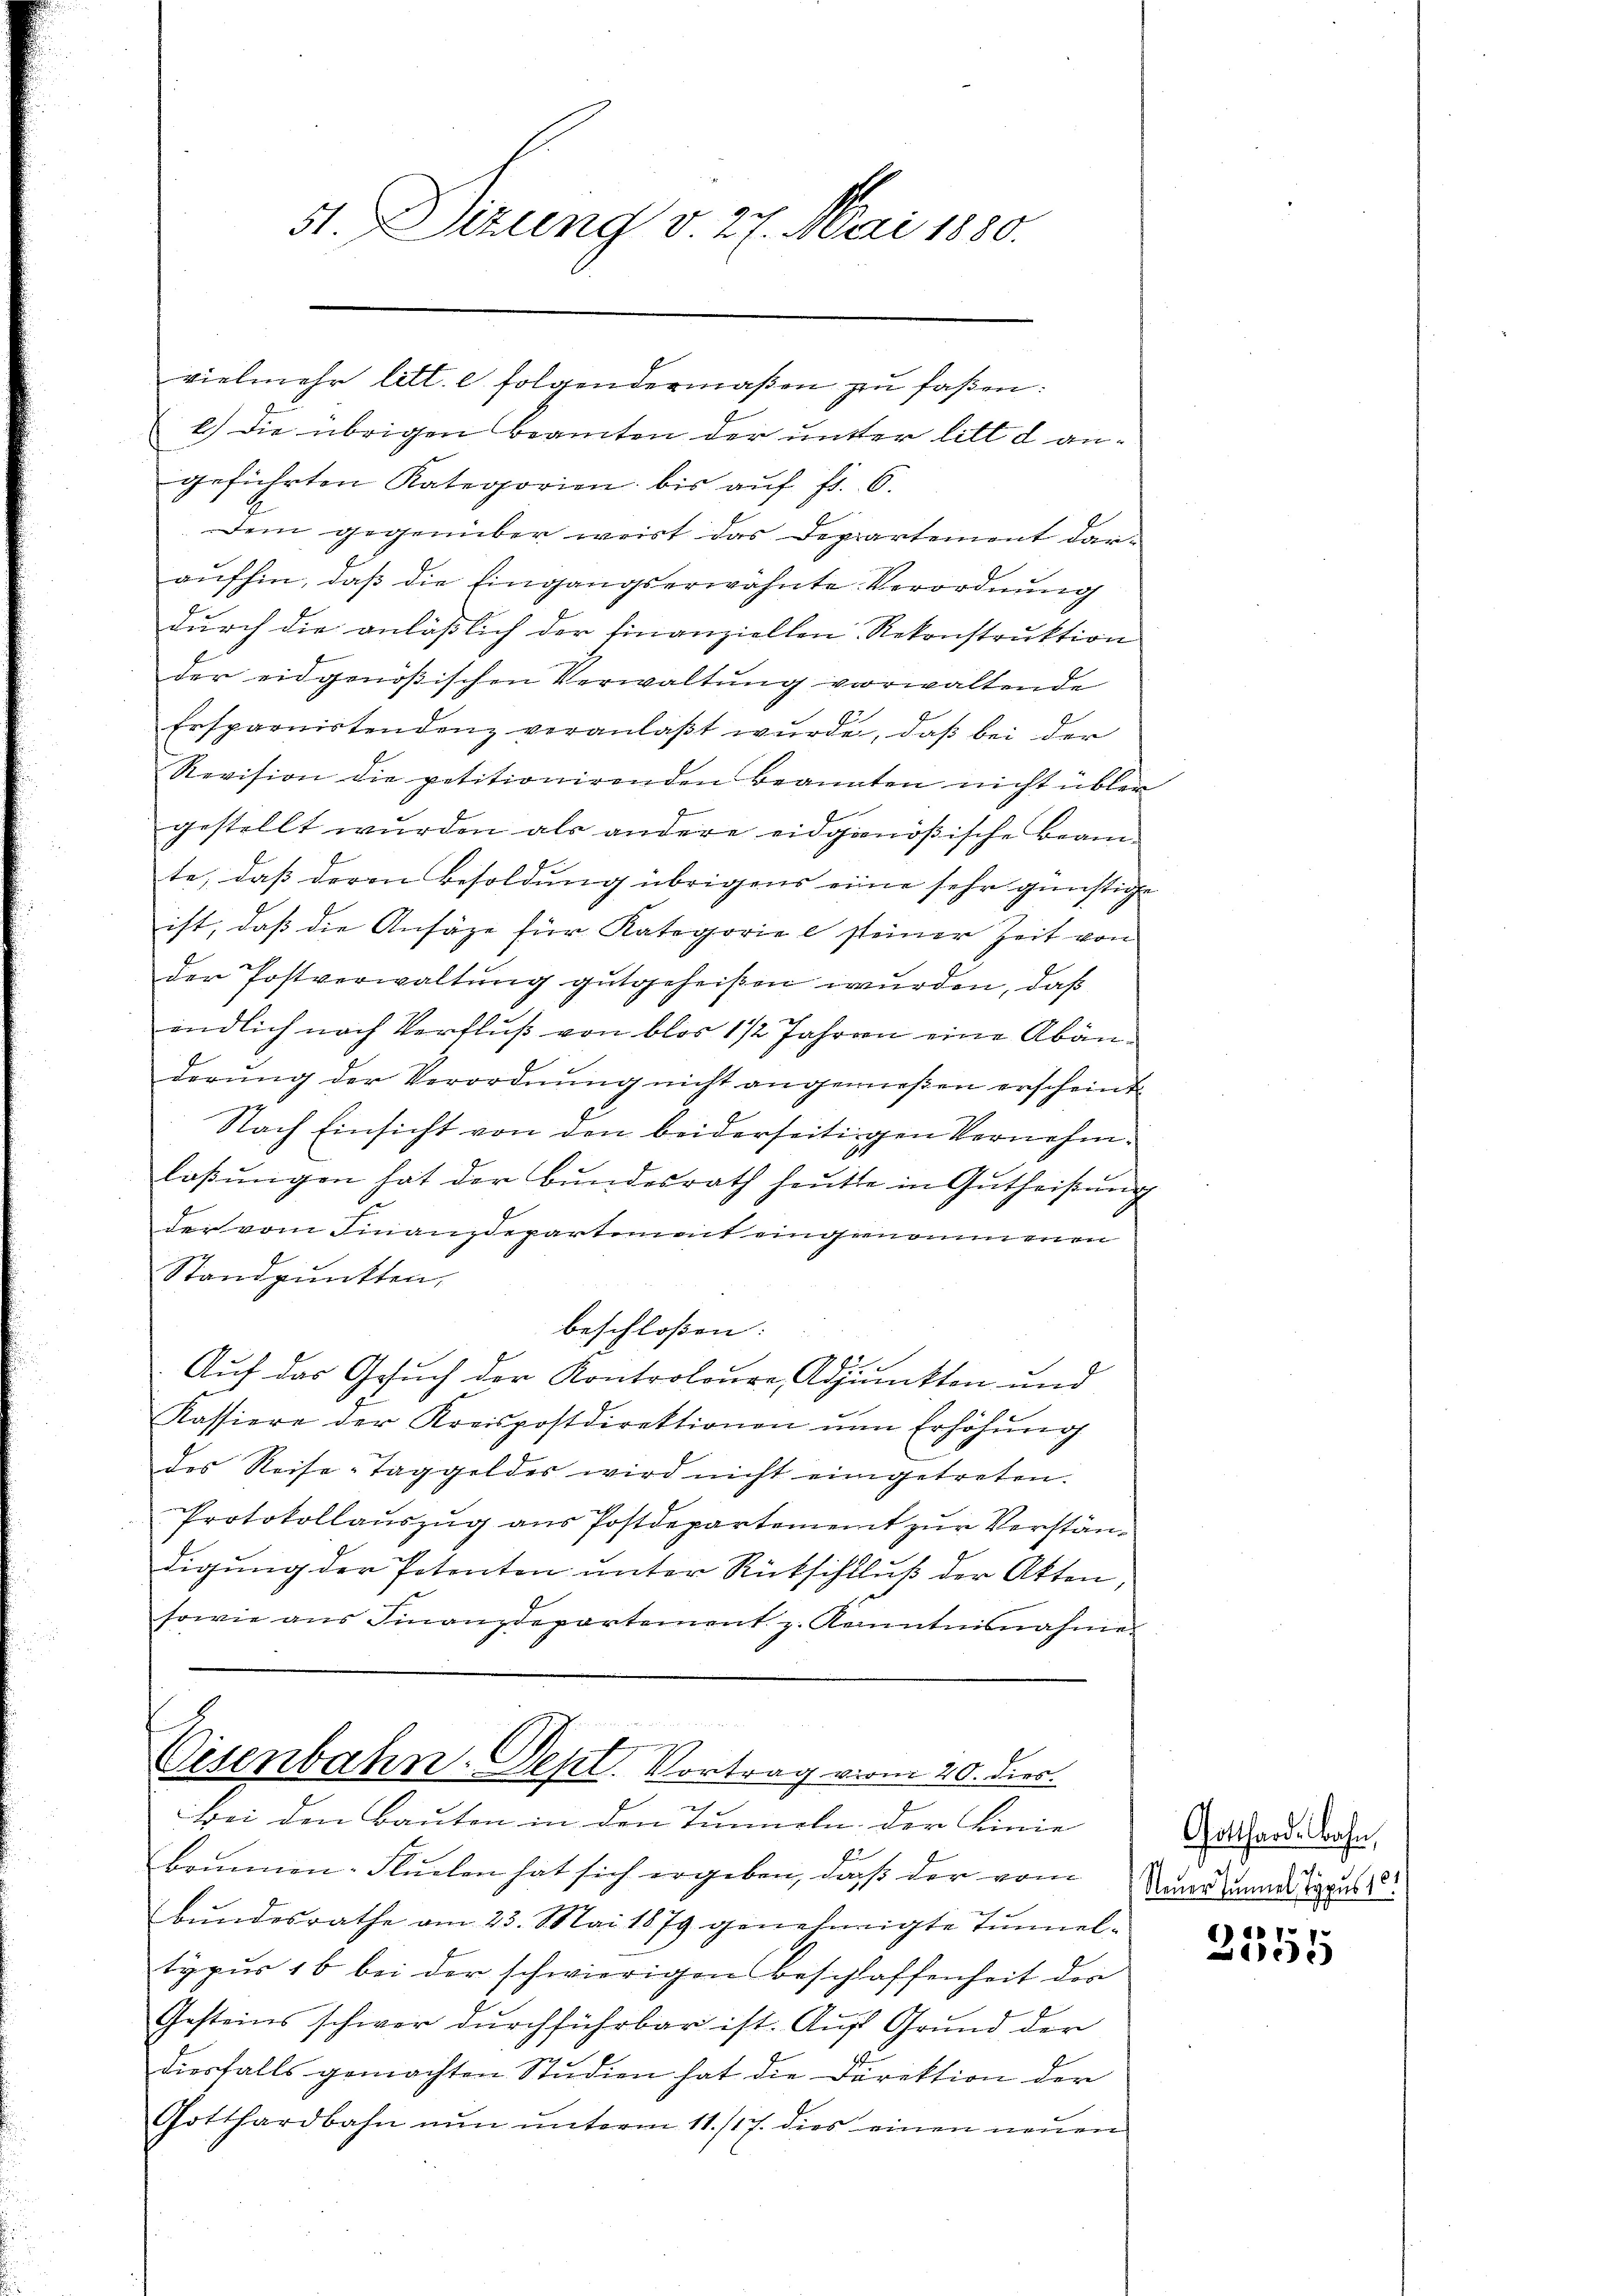
51. Dizung v. 27. Mai 1880.

vielmehr litt. e folgendermaßen zu faßen:
e.) die übrigen Beamten der unter litt d angeführten Kategorien bis aŭf fr. 6.
dem gegenüber weist das Departement daraufhin, daß die Eingangserwähnte Verordnung
durch die anlässlich der finanziellen Rekonstruktion
der eidgenößischen Verwaltung verwaltende
Ersparnistendenz veranlaβt wŭrde, daβ bei der
Revision die petitionirenden Beanaten nicht übler
gestellt wurden als andere eidgenößische Beamte, daß deren Besoldung übrigens eine sehr günstige
ist, daß die Ansäge für Kategorie e steiner Zeit von
der Postverwaltung gutgeheißen wurden, daß
endlich nach Verfluß von blos 1 1/2 Jahren eine Abänderŭng der Verordnŭng nicht angenießen erscheint
Nach Einsicht von den beiderseitigen Vernehmlassŭngen hat der Bundesrath heute in Gutheißung
der vom Finanzdepartement eingenommenen
Standpunkten,
beschloßen:
Auf das Gesuch der Kontroloure, Adjunckten und
Kassiere der Kreispostdirektionen um Erhöhŭng
des Reise-Taggeldes wird nicht eingetreten.
Protokollauszug aus Postdepartement zur Verständigung der Petenten unter Rückschluß der Akten,
sowie ans Finanzdepartement z. Kanntnisnahme.

Cisenbahn-Dept. Vortrag vom 20. dies
Bei den Bauten in den Tunneln der Linie

22
bommen-Fluchen hat sich ergeben, daß der vom
bundesrathe am 23. Mai 1879 genehmigte Tunnel-
typur 16 bei der schwierigen Beschlaffenheit der
Gesteins schwer dŭrchführbar ist. Auf Grund der
diesfalls gemachten Studien hat die Direktion der
Gotthardbahn nun unterm 11./17. dies einen neuen

Gotthard Bahn,
s
Neuer Tunnel typus!!

2355